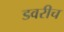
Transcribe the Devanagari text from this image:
डवरीच